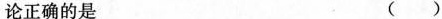
论正确的是 ()